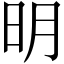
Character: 明